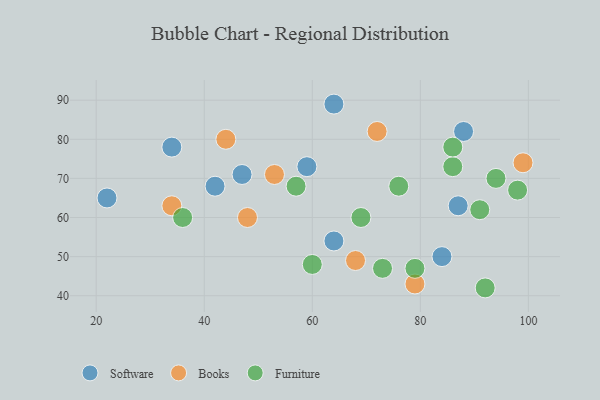
{"axis": {"x": "GDP", "y": "Life Expectancy"}, "legend": ["Books", "Furniture", "Software"], "data": [{"x": "87", "y": 63, "type": "Software"}, {"x": "34", "y": 78, "type": "Software"}, {"x": "64", "y": 89, "type": "Software"}, {"x": "64", "y": 54, "type": "Software"}, {"x": "47", "y": 71, "type": "Software"}, {"x": "84", "y": 50, "type": "Software"}, {"x": "59", "y": 73, "type": "Software"}, {"x": "22", "y": 65, "type": "Software"}, {"x": "88", "y": 82, "type": "Software"}, {"x": "42", "y": 68, "type": "Software"}, {"x": "48", "y": 60, "type": "Books"}, {"x": "99", "y": 74, "type": "Books"}, {"x": "34", "y": 63, "type": "Books"}, {"x": "53", "y": 71, "type": "Books"}, {"x": "72", "y": 82, "type": "Books"}, {"x": "44", "y": 80, "type": "Books"}, {"x": "68", "y": 49, "type": "Books"}, {"x": "79", "y": 43, "type": "Books"}, {"x": "57", "y": 68, "type": "Furniture"}, {"x": "69", "y": 60, "type": "Furniture"}, {"x": "60", "y": 48, "type": "Furniture"}, {"x": "92", "y": 42, "type": "Furniture"}, {"x": "86", "y": 73, "type": "Furniture"}, {"x": "73", "y": 47, "type": "Furniture"}, {"x": "94", "y": 70, "type": "Furniture"}, {"x": "91", "y": 62, "type": "Furniture"}, {"x": "36", "y": 60, "type": "Furniture"}, {"x": "98", "y": 67, "type": "Furniture"}, {"x": "76", "y": 68, "type": "Furniture"}, {"x": "86", "y": 78, "type": "Furniture"}, {"x": "79", "y": 47, "type": "Furniture"}]}